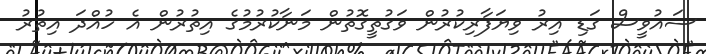
ސައުވީސް ގަޑި އިރު ވިޔަފާރިކުރުން ވަގުތީގޮތުން މަނާކުރުމުގެ އިތުރުން އެ ހުއްދަ އިތުރު